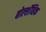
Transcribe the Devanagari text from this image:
बोल्शॅव्हिक